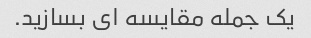
یک جمله مقایسه ای بسازید.